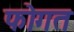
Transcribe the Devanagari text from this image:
फोगत